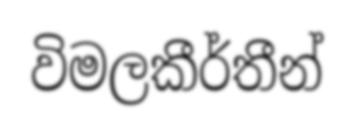
විමලකීර්තීන්